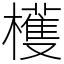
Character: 檴